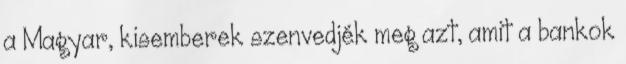
a Magyar, kisemberek szenvedjék meg azt, amit a bankok